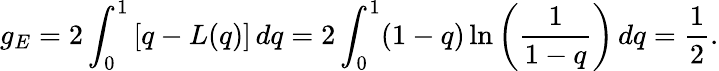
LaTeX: g_{E}=2\int_{0}^{1}\left[q-L(q)\right]\, dq=2\int_{0}^{1}(1-q)\ln{\left(\frac{1}{1-q}\right)}\, dq=\frac{1}{2}.